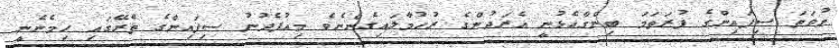
ނުވަތަ ސިފައިންގެ ފުރަތަމަ ބިންގާއެޅުނީ އެރަދުންގެ ރުހުމާލައިގެންނެވެ މިއުފެދުނު ސިފައިންގެ ތެރޭގައި ހިމެނެނީ